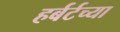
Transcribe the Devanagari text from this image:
हर्बर्टच्या